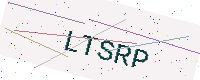
Text: LTSRP